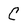
Character: C